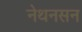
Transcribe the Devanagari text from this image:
नेथनसन